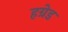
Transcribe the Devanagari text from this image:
हग्रेड